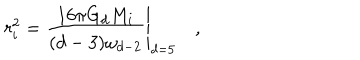
r _ { i } ^ { 2 } = \left. { \frac { 1 6 \pi G _ { d } M _ { i } } { ( d - 3 ) \omega _ { d - 2 } } } \right| _ { d = 5 } \quad ,